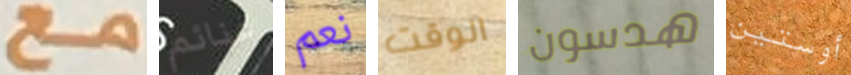
مع غنائم نعم الوقت هدسون أوستين